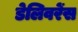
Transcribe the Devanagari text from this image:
डेलिवरेंस